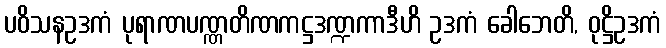
ပဝိသနဥဒကံ ပုရာဏပဏ္ဏတိဏကဋ္ဌဒဏ္ဍကာဒီဟိ ဥဒကံ ခေါဘေတိ, ဝုဋ္ဌိဥဒကံ